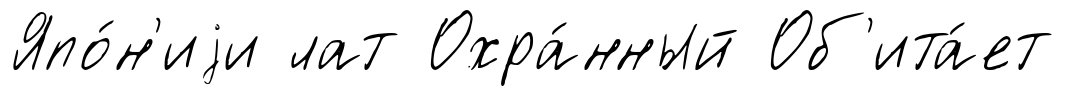
Япо́н'иjи лат Охра́нный Об'ита́ет